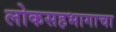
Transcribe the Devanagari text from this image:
लोकसहभागाचा